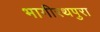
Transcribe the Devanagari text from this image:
भागीरथपुरा